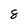
Character: 8